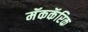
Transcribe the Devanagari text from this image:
मॅककॅरिक